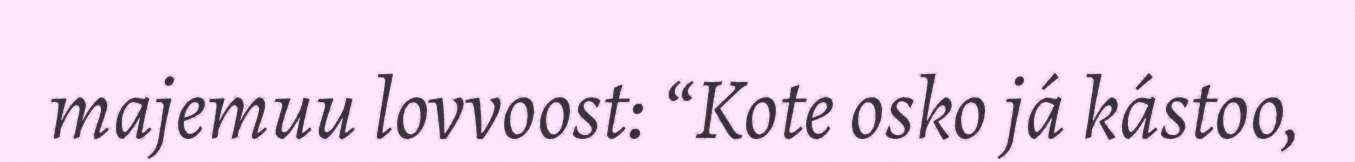
majemuu lovvoost: “Kote osko já kástoo,